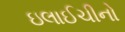
ઇલાઈચીનો